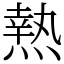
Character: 𤍠